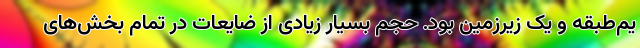
یم‌طبقه و یک زیرزمین بود. حجم بسیار زیادی از ضایعات در تمام بخش‌های